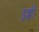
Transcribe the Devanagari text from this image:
इब्बी